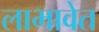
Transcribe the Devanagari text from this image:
लाभावेत